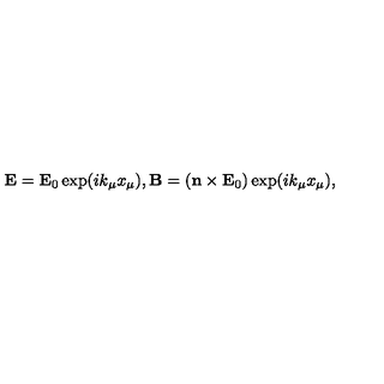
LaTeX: { \bf E } = { \bf E } _ { 0 } \exp ( i k _ { \mu } x _ { \mu } ) , { \bf B } = \left( { \bf n } \times { \bf E } _ { 0 } \right) \exp ( i k _ { \mu } x _ { \mu } ) ,